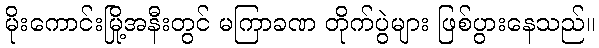
မိုးကောင်းမြို့အနီးတွင် မကြာခဏ တိုက်ပွဲများ ဖြစ်ပွားနေသည်။